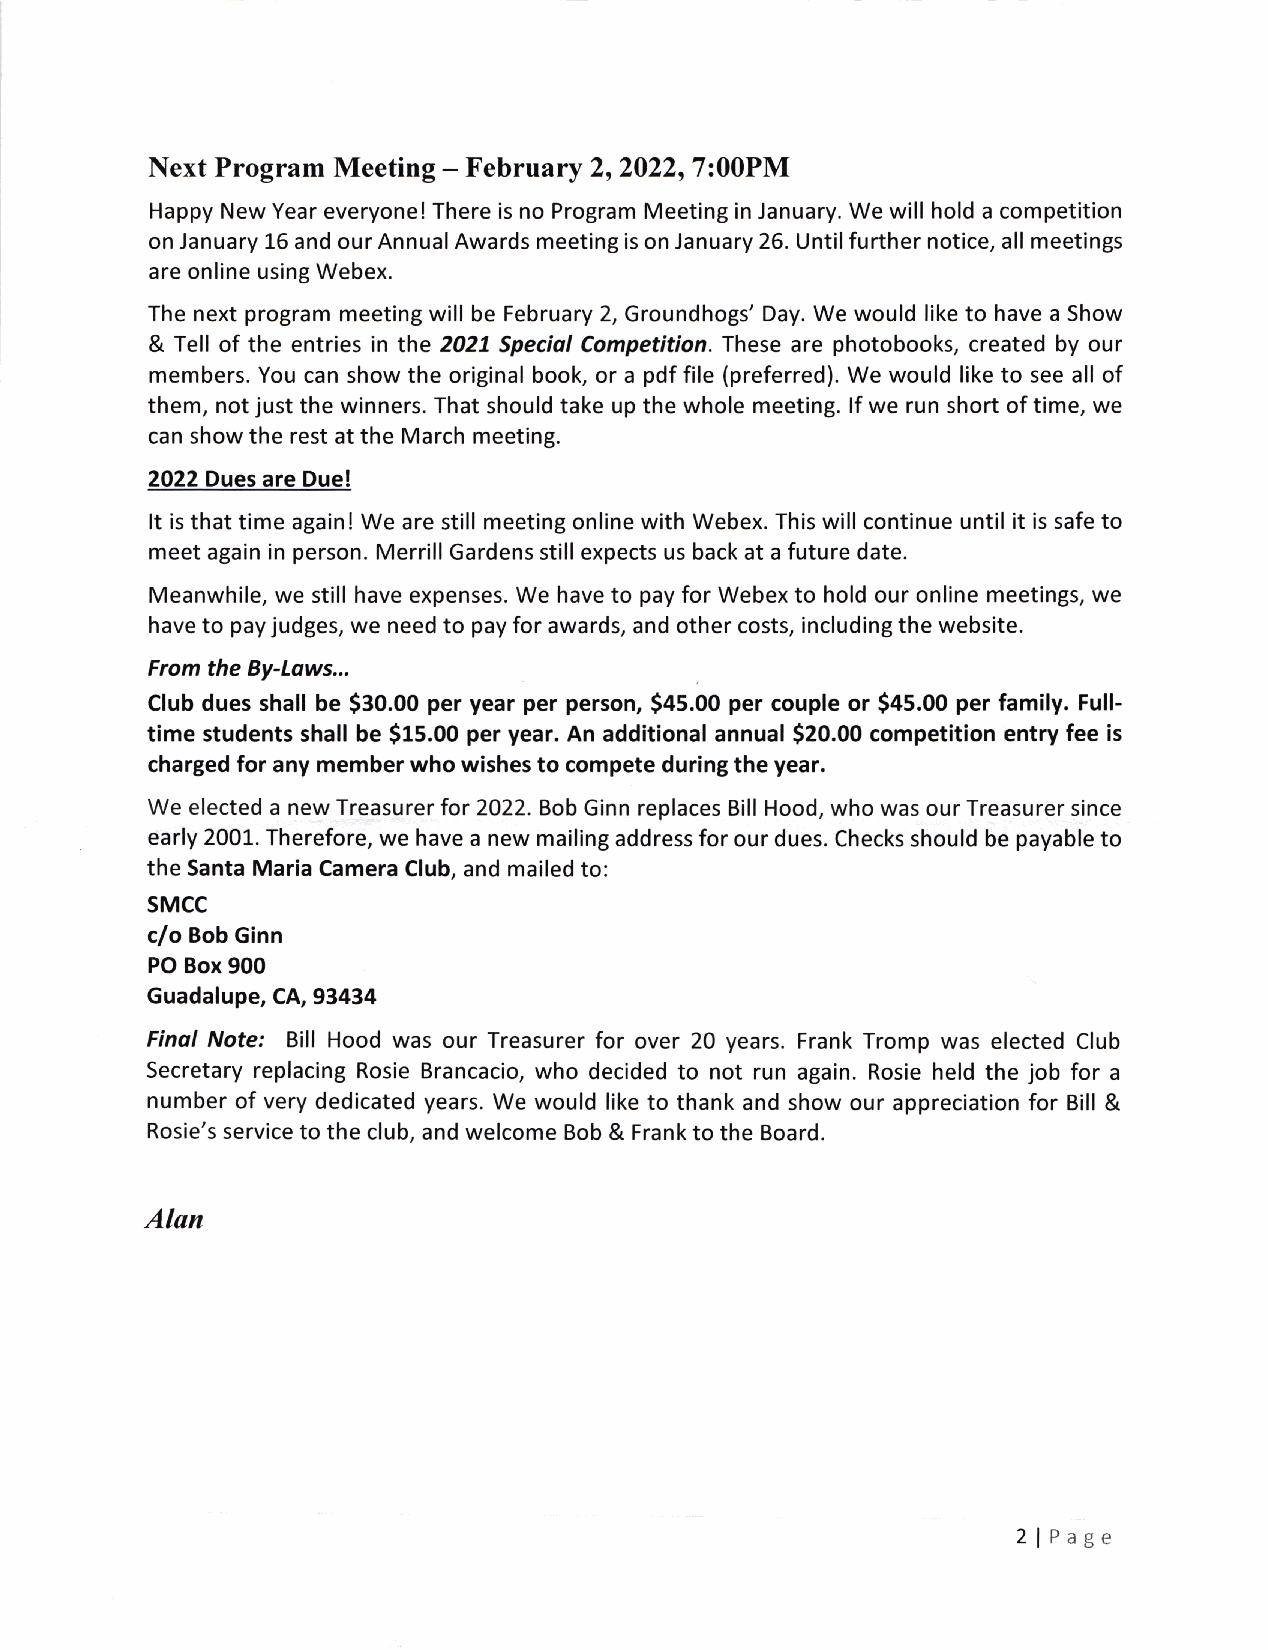
Next Program Meeting - February 212022, 7:00PM
 Happy New Year everyone! There is no Program Meeting in January. We will hold a competition
 on January 15 and our Annua! Awards meeting is on January 25. Until further notice, al! meetings
 are online using Webex.
 The next program meeting will be February 2, Groundhogs'Day.We would like to have a Show
 & Tel! of the entries in the 2021 Speciol Competition. These are photobooks, created by our
 members. You can show the original book, or a pdf file (preferred). We would like to see all of
 them, not just the winners. That should take up the whole meeting. lf we run short of time, we
 can show the rest at the March meeting.
 2022 Dues are Due!
 It is that time again ! We are still meeting online with Webex. This will continue until it is safe to
 meet again in person. Merrill Gardens still expects us back at a future date.
 Meanwhile, we still have expenses. We have to pay for Webex to hold our online meetings, we
 have to pay judges, we need to pay for awards, and other costs, including the website.
 From the By-Lows.,.
 Club dues shall be $EO.O0 per year per person, $45.00 per couple or S+s.00 per family. Full-
 time students shall be $15.00 per year. An additional annual 520.00 competition entry fee is
 charged for any member who wishes to compete during the year.
 We elected a new Treasurer for 2022. Bob Ginn replaces Bill Hood, who was our Treasurer since
 early 2001. Therefore, we have a new mailing address for our dues. Checks should be payable to
 the Santa Maria Camera Club, and mailed to:
 sMcc
 c/o Bob Ginn
 PO Box 900
 Guadalupe, CA, 93434
 Final Note: Bill Hood was our Treasurer for over 20 years. Frank Tromp was elected Club
 Secretary replacing Rosie Brancacio, who decided to not run again. Rosie held the job for a
 number of very dedicated years. We would like to thank and show our appreciation for Bill &
 Rosie's service to the club, and welcome Bob & Frank to the Board.
 Alan
 2lPage